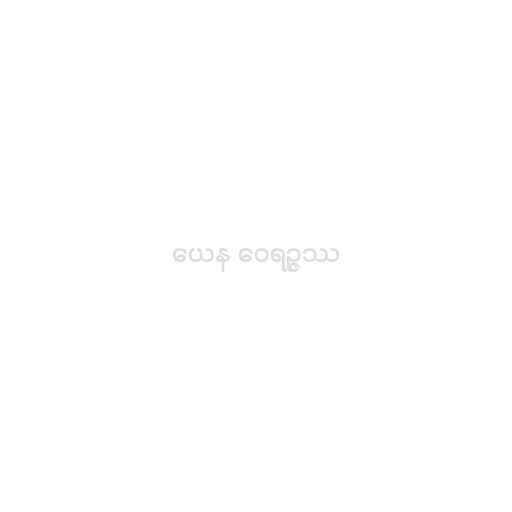
ယေန ဝေရဉ္ဇဿ